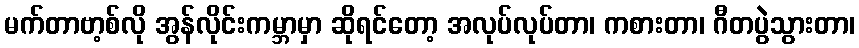
မက်တာဗာ့စ်လို အွန်လိုင်းကမ္ဘာမှာ ဆိုရင်တော့ အလုပ်လုပ်တာ၊ ကစားတာ၊ ဂီတပွဲသွားတာ၊